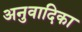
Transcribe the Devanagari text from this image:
अनुवादिका